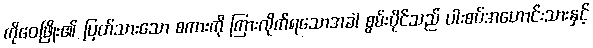
ကိုဝေဖြိုး၏ ပြတ်သားသော စကားကို ကြားလိုက်ရသောအခါ စွမ်းပိုင်သည် ပါးစပ်အဟောင်းသားနှင့်